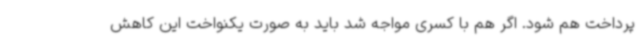
پرداخت هم شود. اگر هم با کسری مواجه شد باید به صورت یکنواخت این کاهش